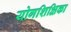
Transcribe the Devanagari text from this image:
योगशिक्षिका